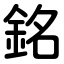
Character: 銘